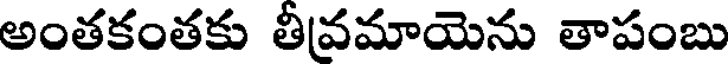
అంతకంతకు తీవమాయెను తాపంబు